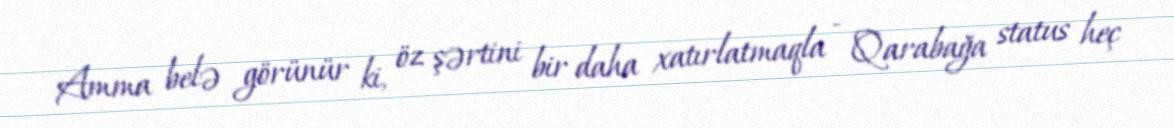
Amma belə görünür ki, öz şərtini bir daha xatırlatmaqla - Qarabağa status heç